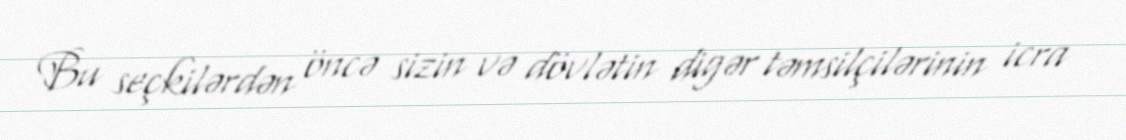
Bu seçkilərdən öncə sizin və dövlətin digər təmsilçilərinin icra